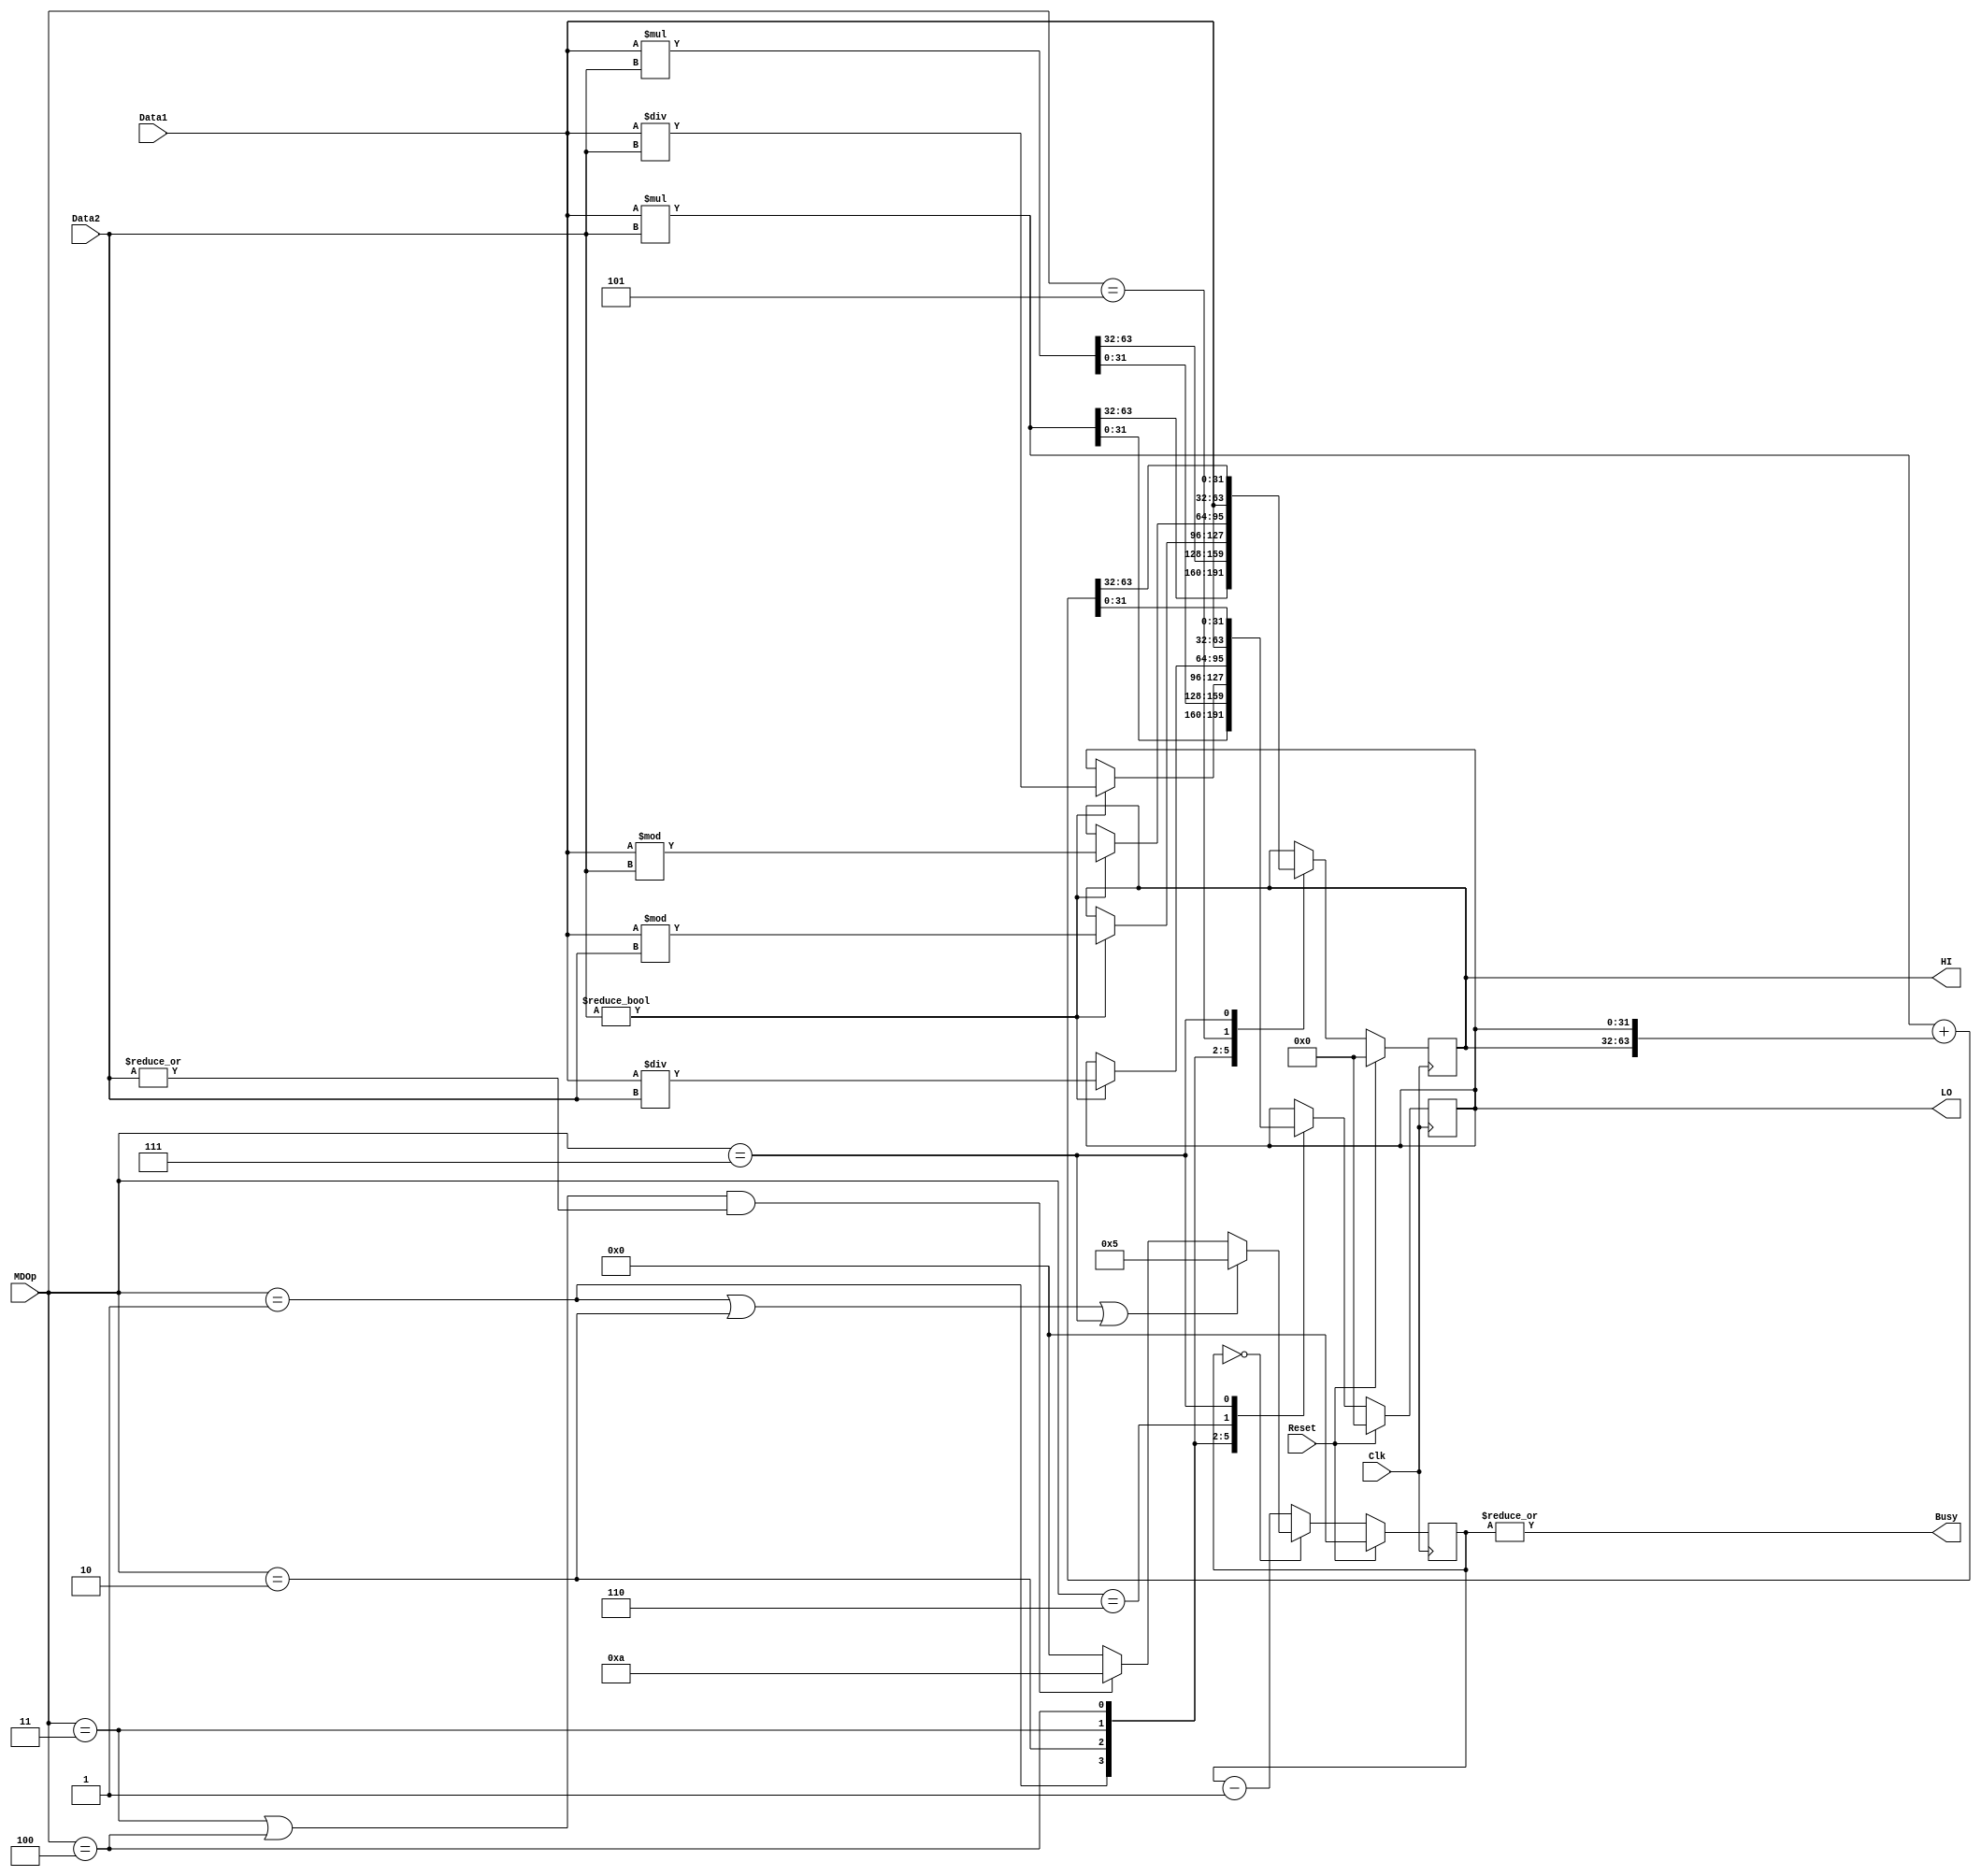
`timescale 1ns / 1ps


module mdu(
	input Clk,
	input Reset,
	input [31:0] Data1,
	input [31:0] Data2,
	input [2:0] MDOp,
	output Busy,
	output [31:0] HI,
	output [31:0] LO
    );
	
	`define DLMUL 4'b0101
	`define DLDIV 4'b1010
	
	reg [3:0] Cnt;
	reg [31:0] _HI, _LO;
	
	assign HI = _HI;
	assign LO = _LO;
	assign Busy = |(Cnt);
	
	
	always @ (posedge Clk) begin
		if (Reset)
			{_HI, _LO} <= 64'b0;
		else begin
			case (MDOp) 
				3'b001 : {_HI, _LO} <= $signed(Data1) * $signed(Data2);
				3'b010 : {_HI, _LO} <= Data1 * Data2;
				3'b011 : if (Data2) {_HI, _LO} <= {$signed(Data1) % $signed(Data2), $signed(Data1) / $signed(Data2)};
				3'b100 : if (Data2) {_HI, _LO} <= {Data1 % Data2, Data1 / Data2};
				3'b101 : _HI <= Data1;
				3'b110 : _LO <= Data1;
				3'b111 : {_HI, _LO} <= $signed(Data1) * $signed(Data2) + $signed({_HI, _LO});
			endcase
		end
	end
	
	always @ (posedge Clk) begin
		if (Reset)
			Cnt <= 4'b0000;
		else if (Cnt == 4'b0000)
			Cnt <= (MDOp == 3'b001 | MDOp == 3'b010 | MDOp == 3'b111) ? `DLMUL :
			       ((MDOp == 3'b011 | MDOp == 3'b100) & |(Data2)) ? `DLDIV : 4'b0000;
		else 
			Cnt <= Cnt - 1'b1;
	end
	
	initial begin
		Cnt <= 4'b0;
		{_HI, _LO} <= 64'b0;
	end
	
endmodule